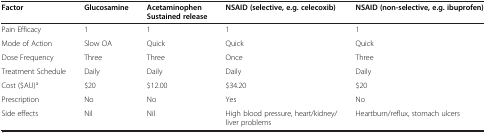
<table><thead><tr><td><b>Factor</b></td><td><b>Glucosamine</b></td><td><b>Acetaminophen Sustained release</b></td><td><b>NSAID (selective, e.g. celecoxib)</b></td><td><b>NSAID (non-selective, e.g. ibuprofen)</b></td></tr></thead><tbody><tr><td>Pain Efficacy</td><td>1</td><td>1</td><td>1</td><td>1</td></tr><tr><td>Mode of Action</td><td>Slow OA</td><td>Quick</td><td>Quick</td><td>Quick</td></tr><tr><td>Dose Frequency</td><td>Three</td><td>Three</td><td>Once</td><td>Three</td></tr><tr><td>Treatment Schedule</td><td>Daily</td><td>Daily</td><td>Daily</td><td>Daily</td></tr><tr><td>Cost ($AU)<sup>a</sup></td><td>$20</td><td>$12.00</td><td>$34.20</td><td>$20</td></tr><tr><td>Prescription</td><td>No</td><td>No</td><td>Yes</td><td>No</td></tr><tr><td>Side effects</td><td>Nil</td><td>Nil</td><td>High blood pressure, heart/kidney/liver problems</td><td>Heartburn/reflux, stomach ulcers</td></tr></tbody></table>